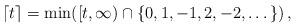
LaTeX: \begin{align*}\lceil t \rceil =\min\!\left([ t, \infty )\cap\{ 0, 1 , - 1 , 2 , - 2 , \dots \}\right),\end{align*}